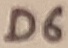
Text: D6